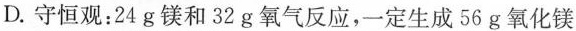
D.守恒观：24g 镁和32g 氧气反应，一定生成56g 氧化镁